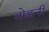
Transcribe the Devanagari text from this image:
तोड़नी